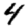
Digit: 4